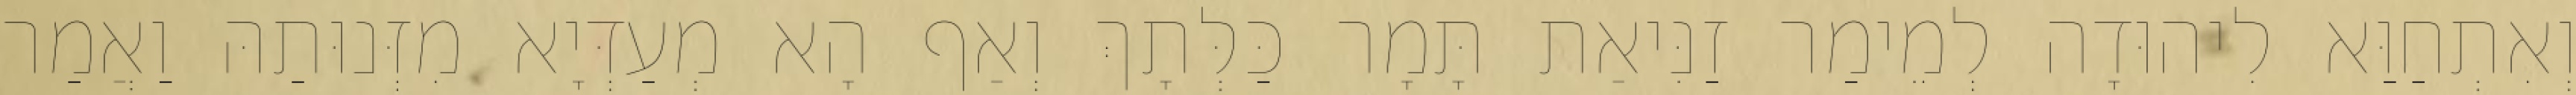
וְאִתְחַוַּא לִיהוּדָה לְמֵימַר זַנִּיאַת תָּמָר כַּלְּתָךְ וְאַף הָא מְעַדְּיָא מִזְּנוּתַהּ וַאֲמַר